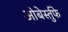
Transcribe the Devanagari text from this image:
ओबेर्स्तुफे